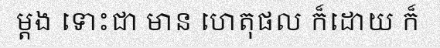
ម្តង ទោះជា មាន ហេតុផល ក៏ដោយ ក៏